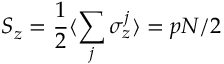
S _ { z } = \frac { 1 } { 2 } \langle \sum _ { j } \sigma _ { z } ^ { j } \rangle = p N / 2